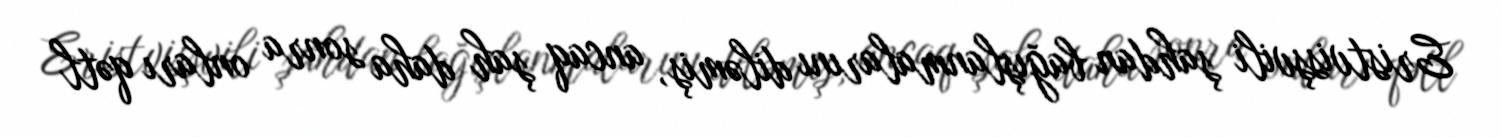
Eristvisşvili şahdan bağışlanmalarını diləmiş, ancaq şah daha sonra onları qətl